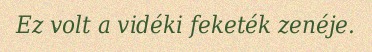
Ez volt a vidéki feketék zenéje.